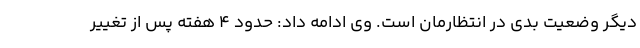
دیگر وضعیت بدی در انتظارمان است. وی ادامه داد: حدود ۴ هفته پس از تغییر